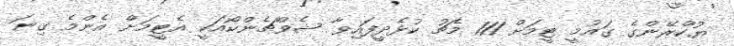
ޔުކްރޭންގެ ގައުމީ ޓީމަށް 111 މެޗު ކުޅެދީފައިވާ ޝެވްޗެންކޯއަކީ އެޓީމަށް އެންމެ ގިނަ